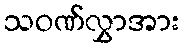
သဝဏ်လွှာအား